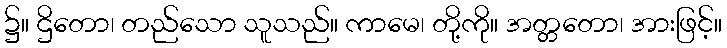
၌။ ဌိတော၊ တည်သော သူသည်။ ကာမေ၊ တို့ကို။ အတ္တတော၊ အားဖြင့်။